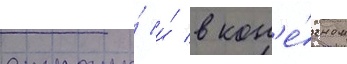
страны́ и́ в кон'е́чном